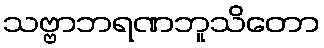
သဗ္ဗာဘရဏဘူသိတော